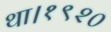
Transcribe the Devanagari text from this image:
था।१९२०